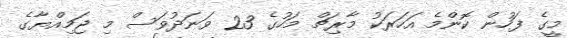
މީގެ ފަހުން ކޮންމެ އަހަރަކު މާރިޗް މަހުގެ 23 ވަނަދުވަސް މި ޖަމިއްޔާގެ